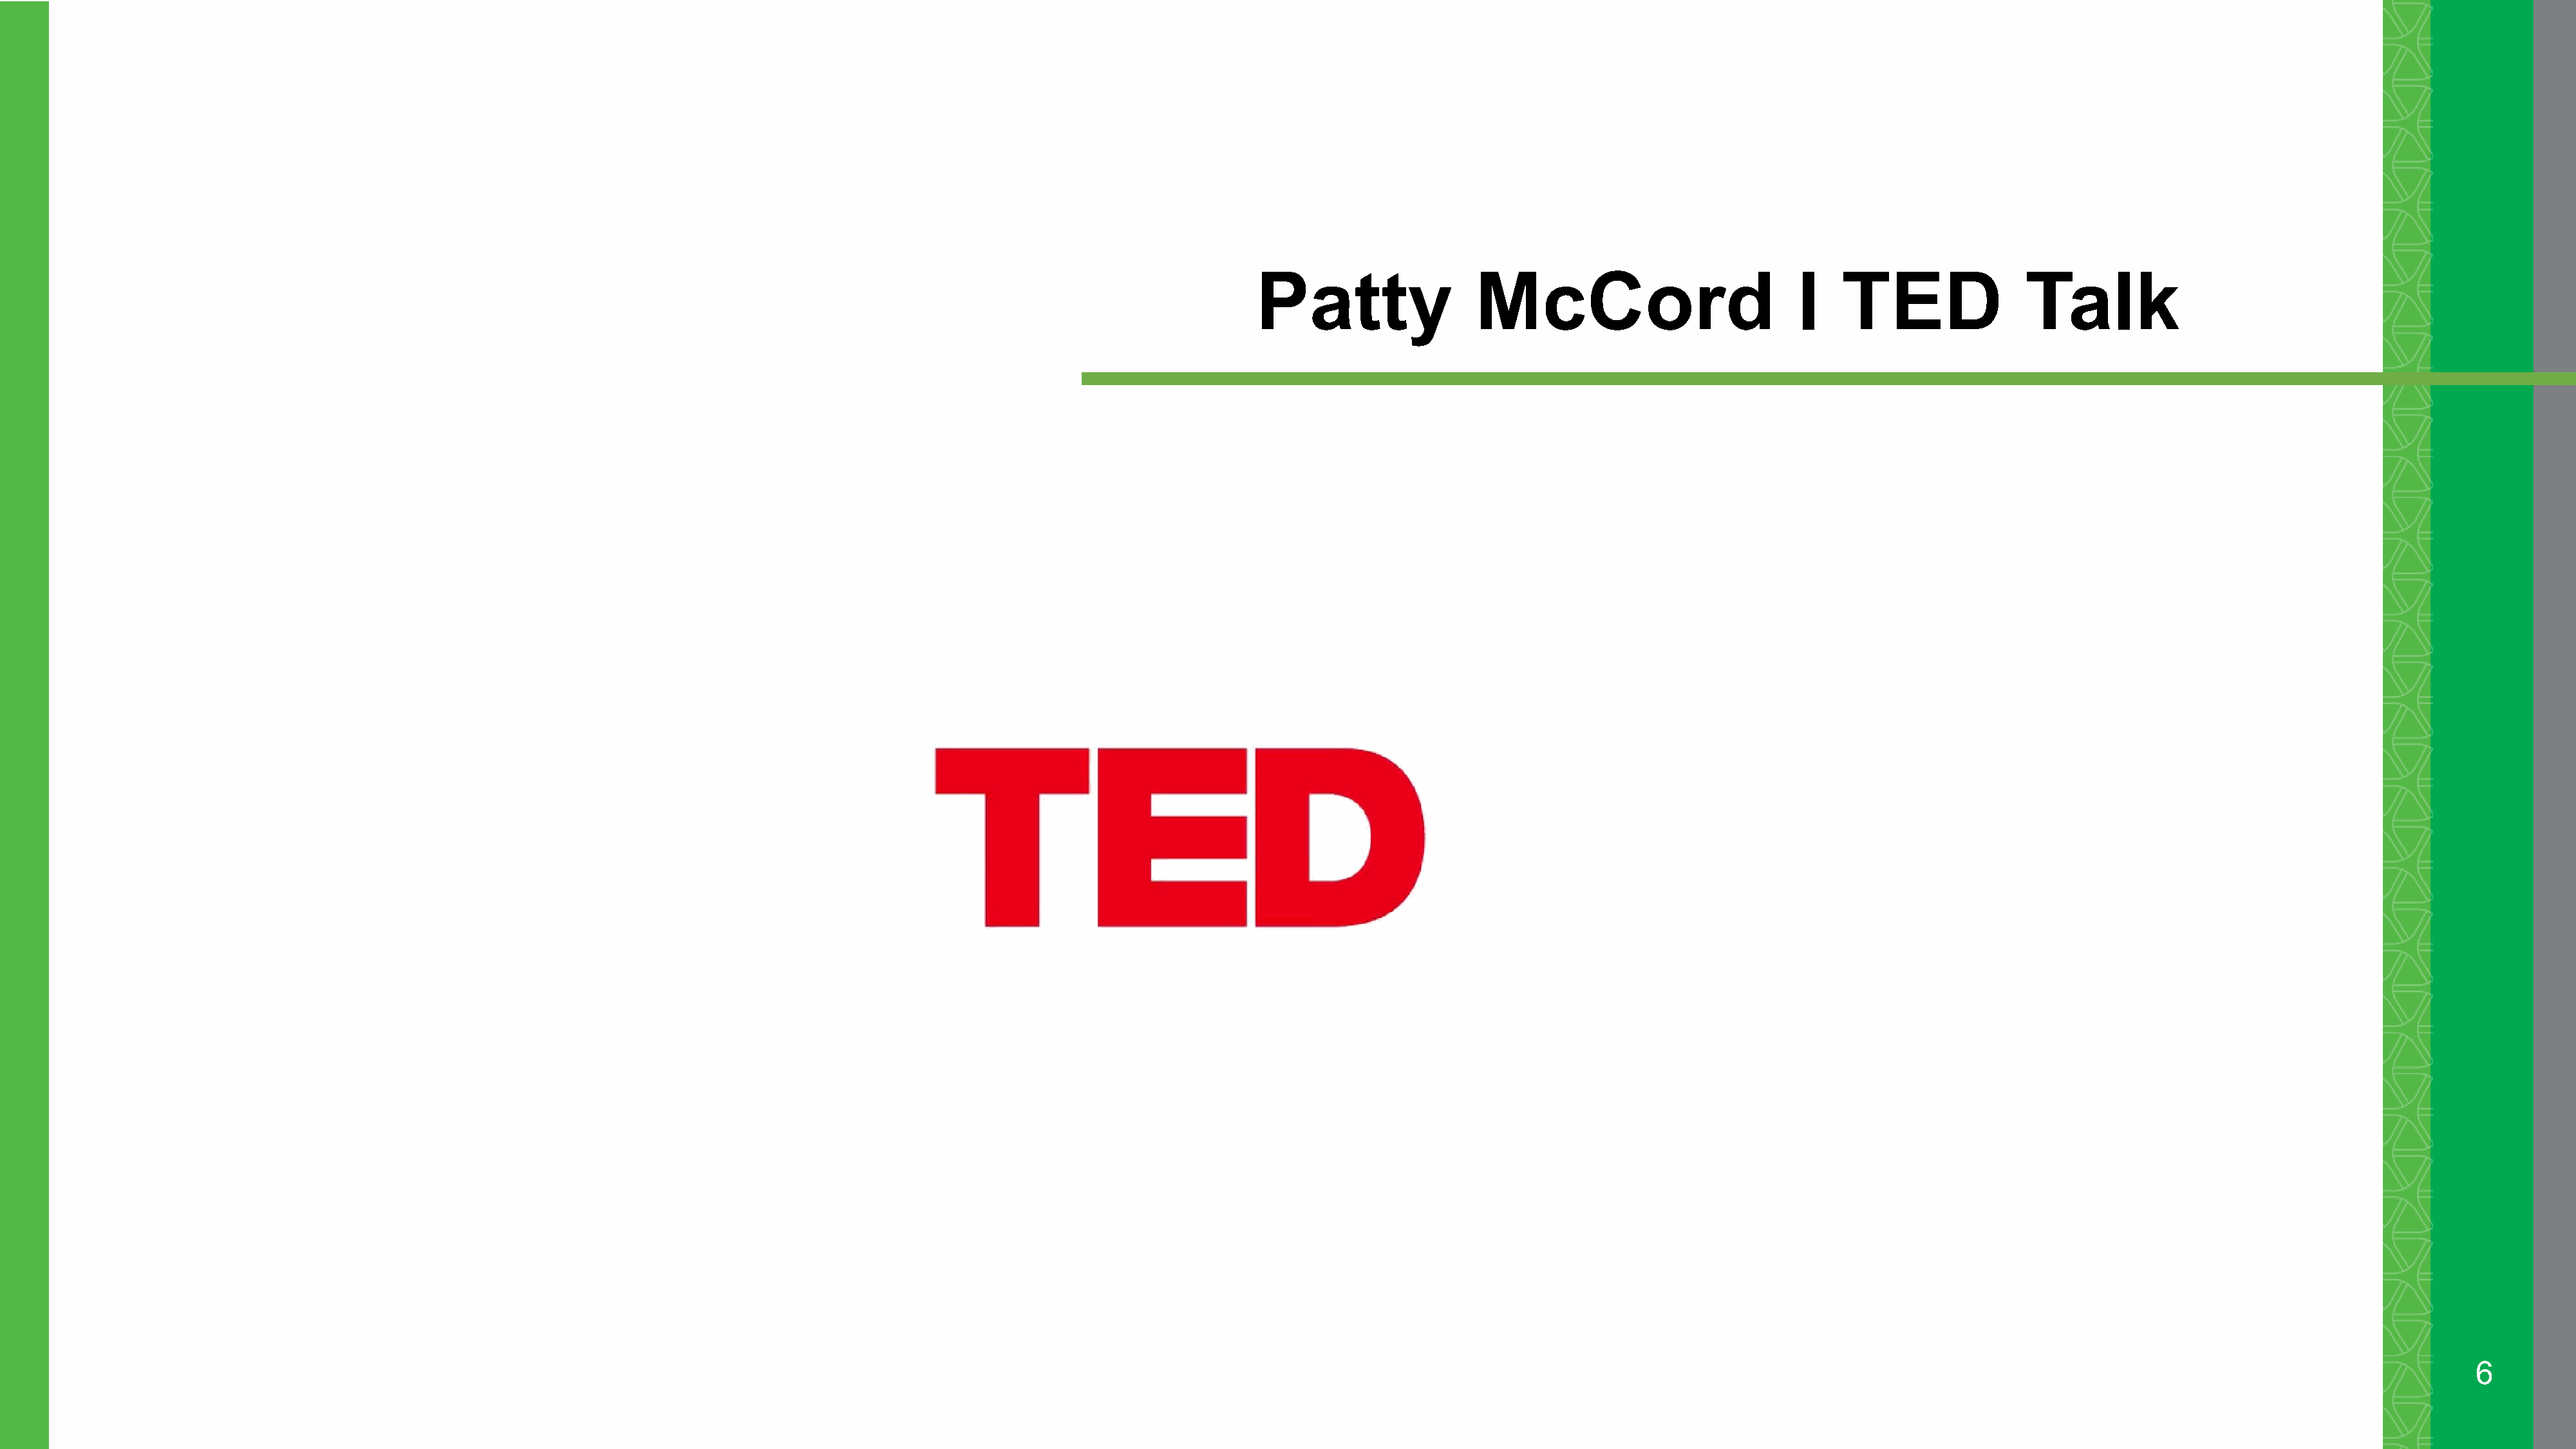
Patty                  McCord                           l   TED                Talk
 6